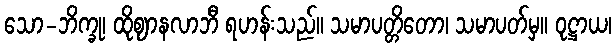
သော-ဘိက္ခု၊ ထိုဈာနလာဘီ ရဟန်းသည်။ သမာပတ္တိတော၊ သမာပတ်မှ။ ဝုဋ္ဌာယ၊